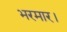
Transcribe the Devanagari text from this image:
भरमार।